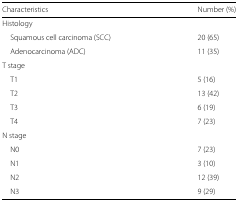
<table><thead><tr><td><b>Characteristics</b></td><td><b>Number (%)</b></td></tr></thead><tbody><tr><td>Histology</td><td></td></tr><tr><td>Squamous cell carcinoma (SCC)</td><td>20 (65)</td></tr><tr><td>Adenocarcinoma (ADC)</td><td>11 (35)</td></tr><tr><td>T stage</td><td></td></tr><tr><td>T1</td><td>5 (16)</td></tr><tr><td>T2</td><td>13 (42)</td></tr><tr><td>T3</td><td>6 (19)</td></tr><tr><td>T4</td><td>7 (23)</td></tr><tr><td>N stage</td><td></td></tr><tr><td>N0</td><td>7 (23)</td></tr><tr><td>N1</td><td>3 (10)</td></tr><tr><td>N2</td><td>12 (39)</td></tr><tr><td>N3</td><td>9 (29)</td></tr></tbody></table>